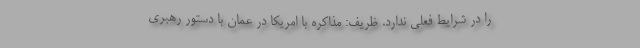
را در شرایط فعلی ندارد. ظریف: مذاکره با امریکا در عمان با دستور رهبری